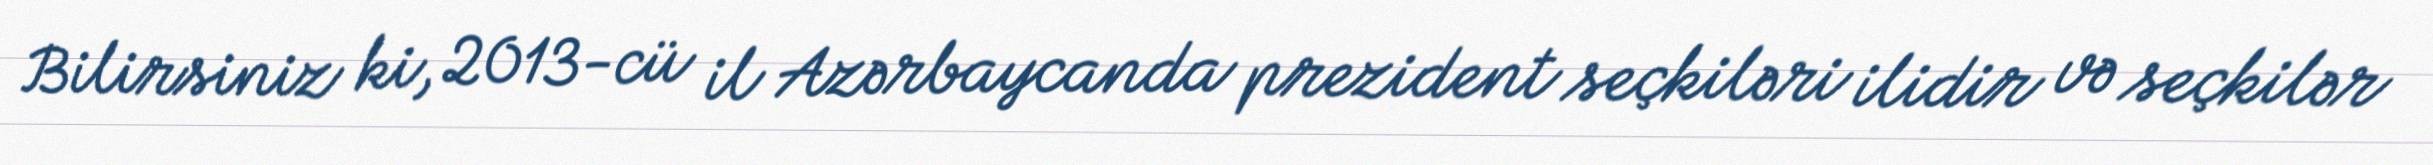
Bilirsiniz ki, 2013-cü il Azərbaycanda prezident seçkiləri ilidir və seçkilər